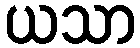
ယသာ